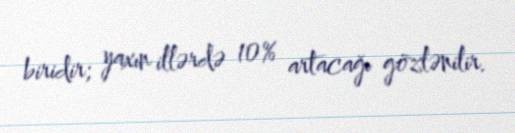
biridir; yaxın illərdə 10% artacağı gözlənilir.